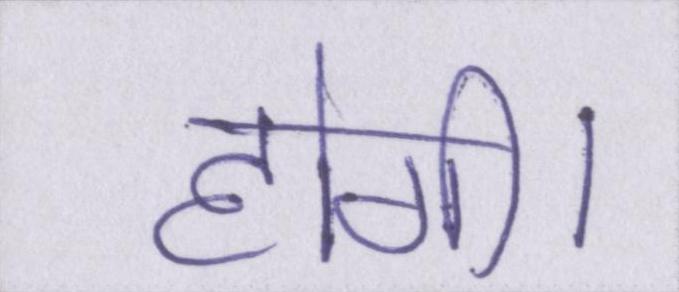
होगी।